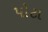
પોટા